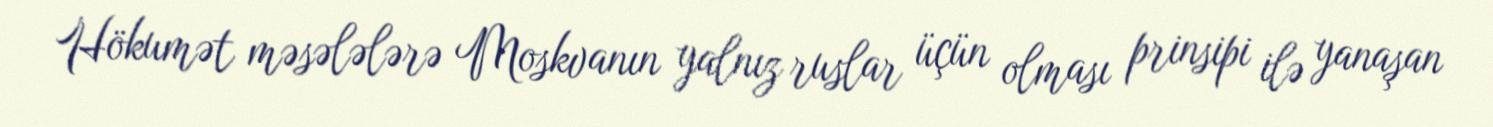
Hökumət məsələlərə Moskvanın yalnız ruslar üçün olması prinsipi ilə yanaşan